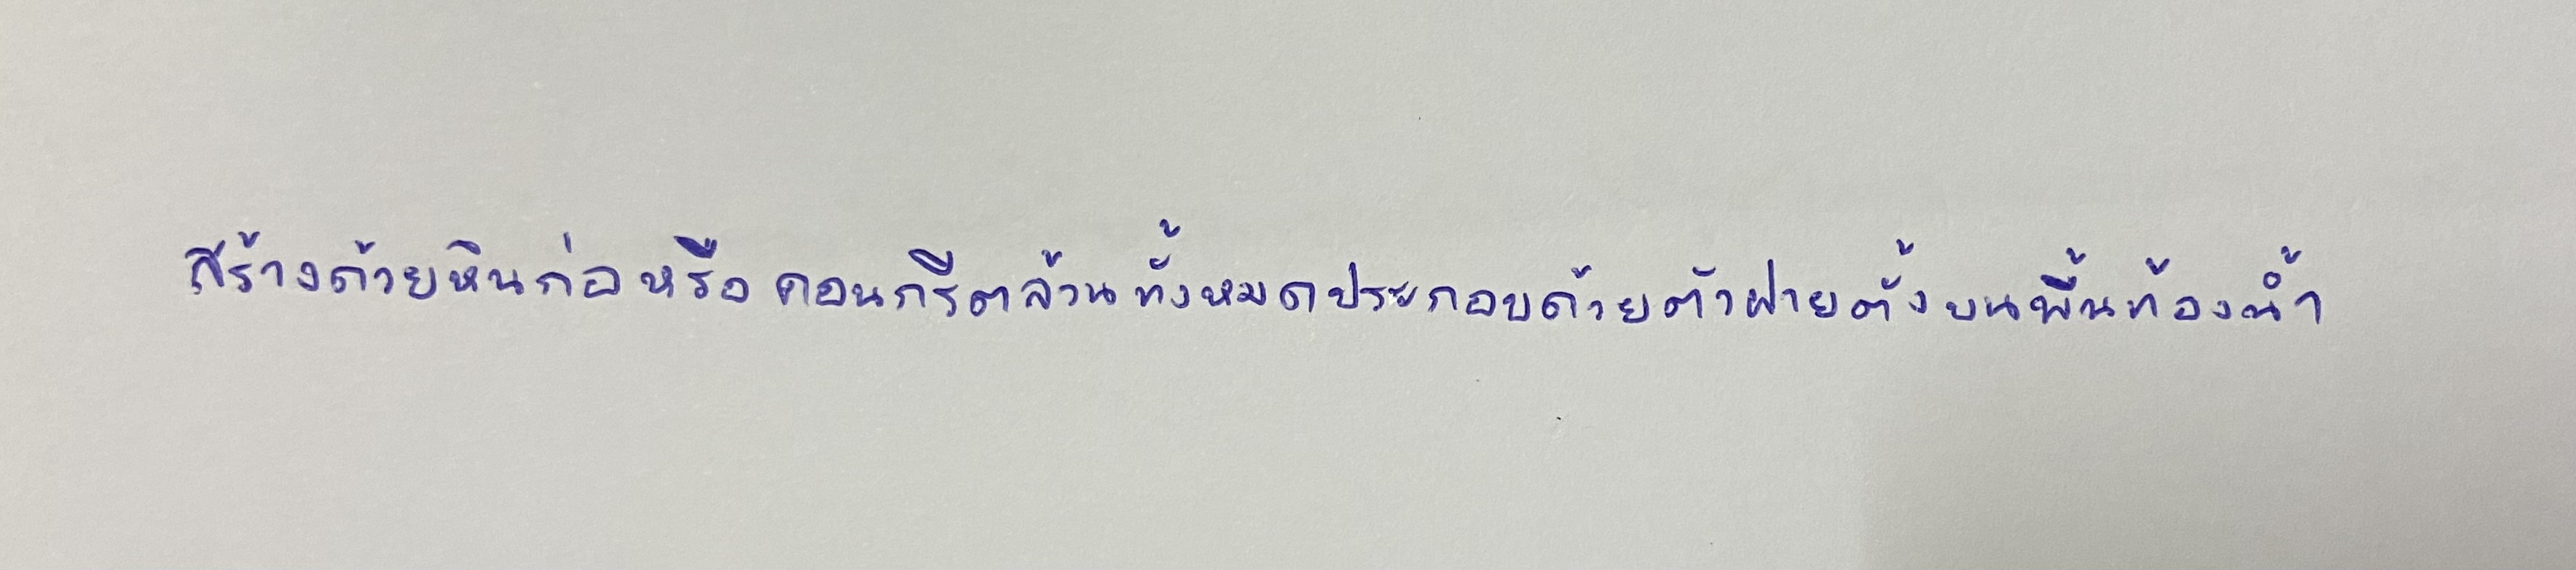
สร้างด้วยหินก่อหรือคอนกรีตล้วนทั้งหมดประกอบด้วยตัวฝายตั้งบนพื้นท้องน้ำ